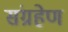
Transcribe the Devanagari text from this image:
संग्रहेण